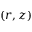
( r , z )